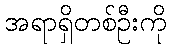
အရာရှိတစ်ဦးကို